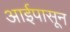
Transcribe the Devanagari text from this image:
आईपासून